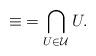
LaTeX: \begin{align*}{\equiv} = \bigcap_{U \in \mathcal{U}}U.\end{align*}